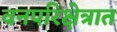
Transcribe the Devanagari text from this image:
वनपरिक्षेत्रात